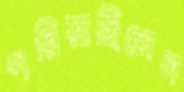
পরিয়াছিলেন